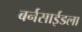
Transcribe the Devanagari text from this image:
बर्नसाईडला